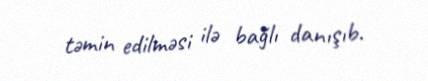
təmin edilməsi ilə bağlı danışıb.